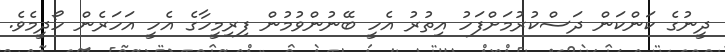
ދީނުގެ ކަންކަން ދަސްކުރުމަށްފަހު އިތުރު އެހީ ބޭނުންވުމުން ފިރިމީހާގެ އެހީ އަހަރެން ހޯދީމެވެ.